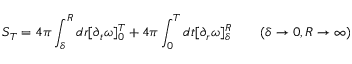
S _ { T } = 4 \pi \int _ { \delta } ^ { R } d r [ \partial _ { t } \omega ] _ { 0 } ^ { T } + 4 \pi \int _ { 0 } ^ { T } d t [ \partial _ { r } \omega ] _ { \delta } ^ { R } \qquad ( \delta \rightarrow 0 , R \rightarrow \infty )